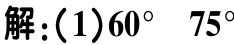
解:(1)$60^{\circ} \ 75^{\circ}$